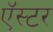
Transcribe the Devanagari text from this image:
ऍस्टर